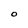
Character: 0